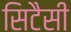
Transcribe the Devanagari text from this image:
सिटैसी